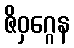
ဇိဝှဂ္ဂေန